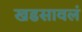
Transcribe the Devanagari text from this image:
खडसावलं